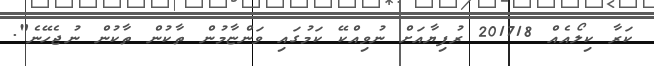
ކަރާ ކިލޯއެއް 201718 ރުފިޔާއަށް ނުވިއްކޭ ކަމުގައި ވަންޏާމުން ތާކުން ތާކުން ނުޖެހޭނެ".